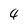
Character: 4